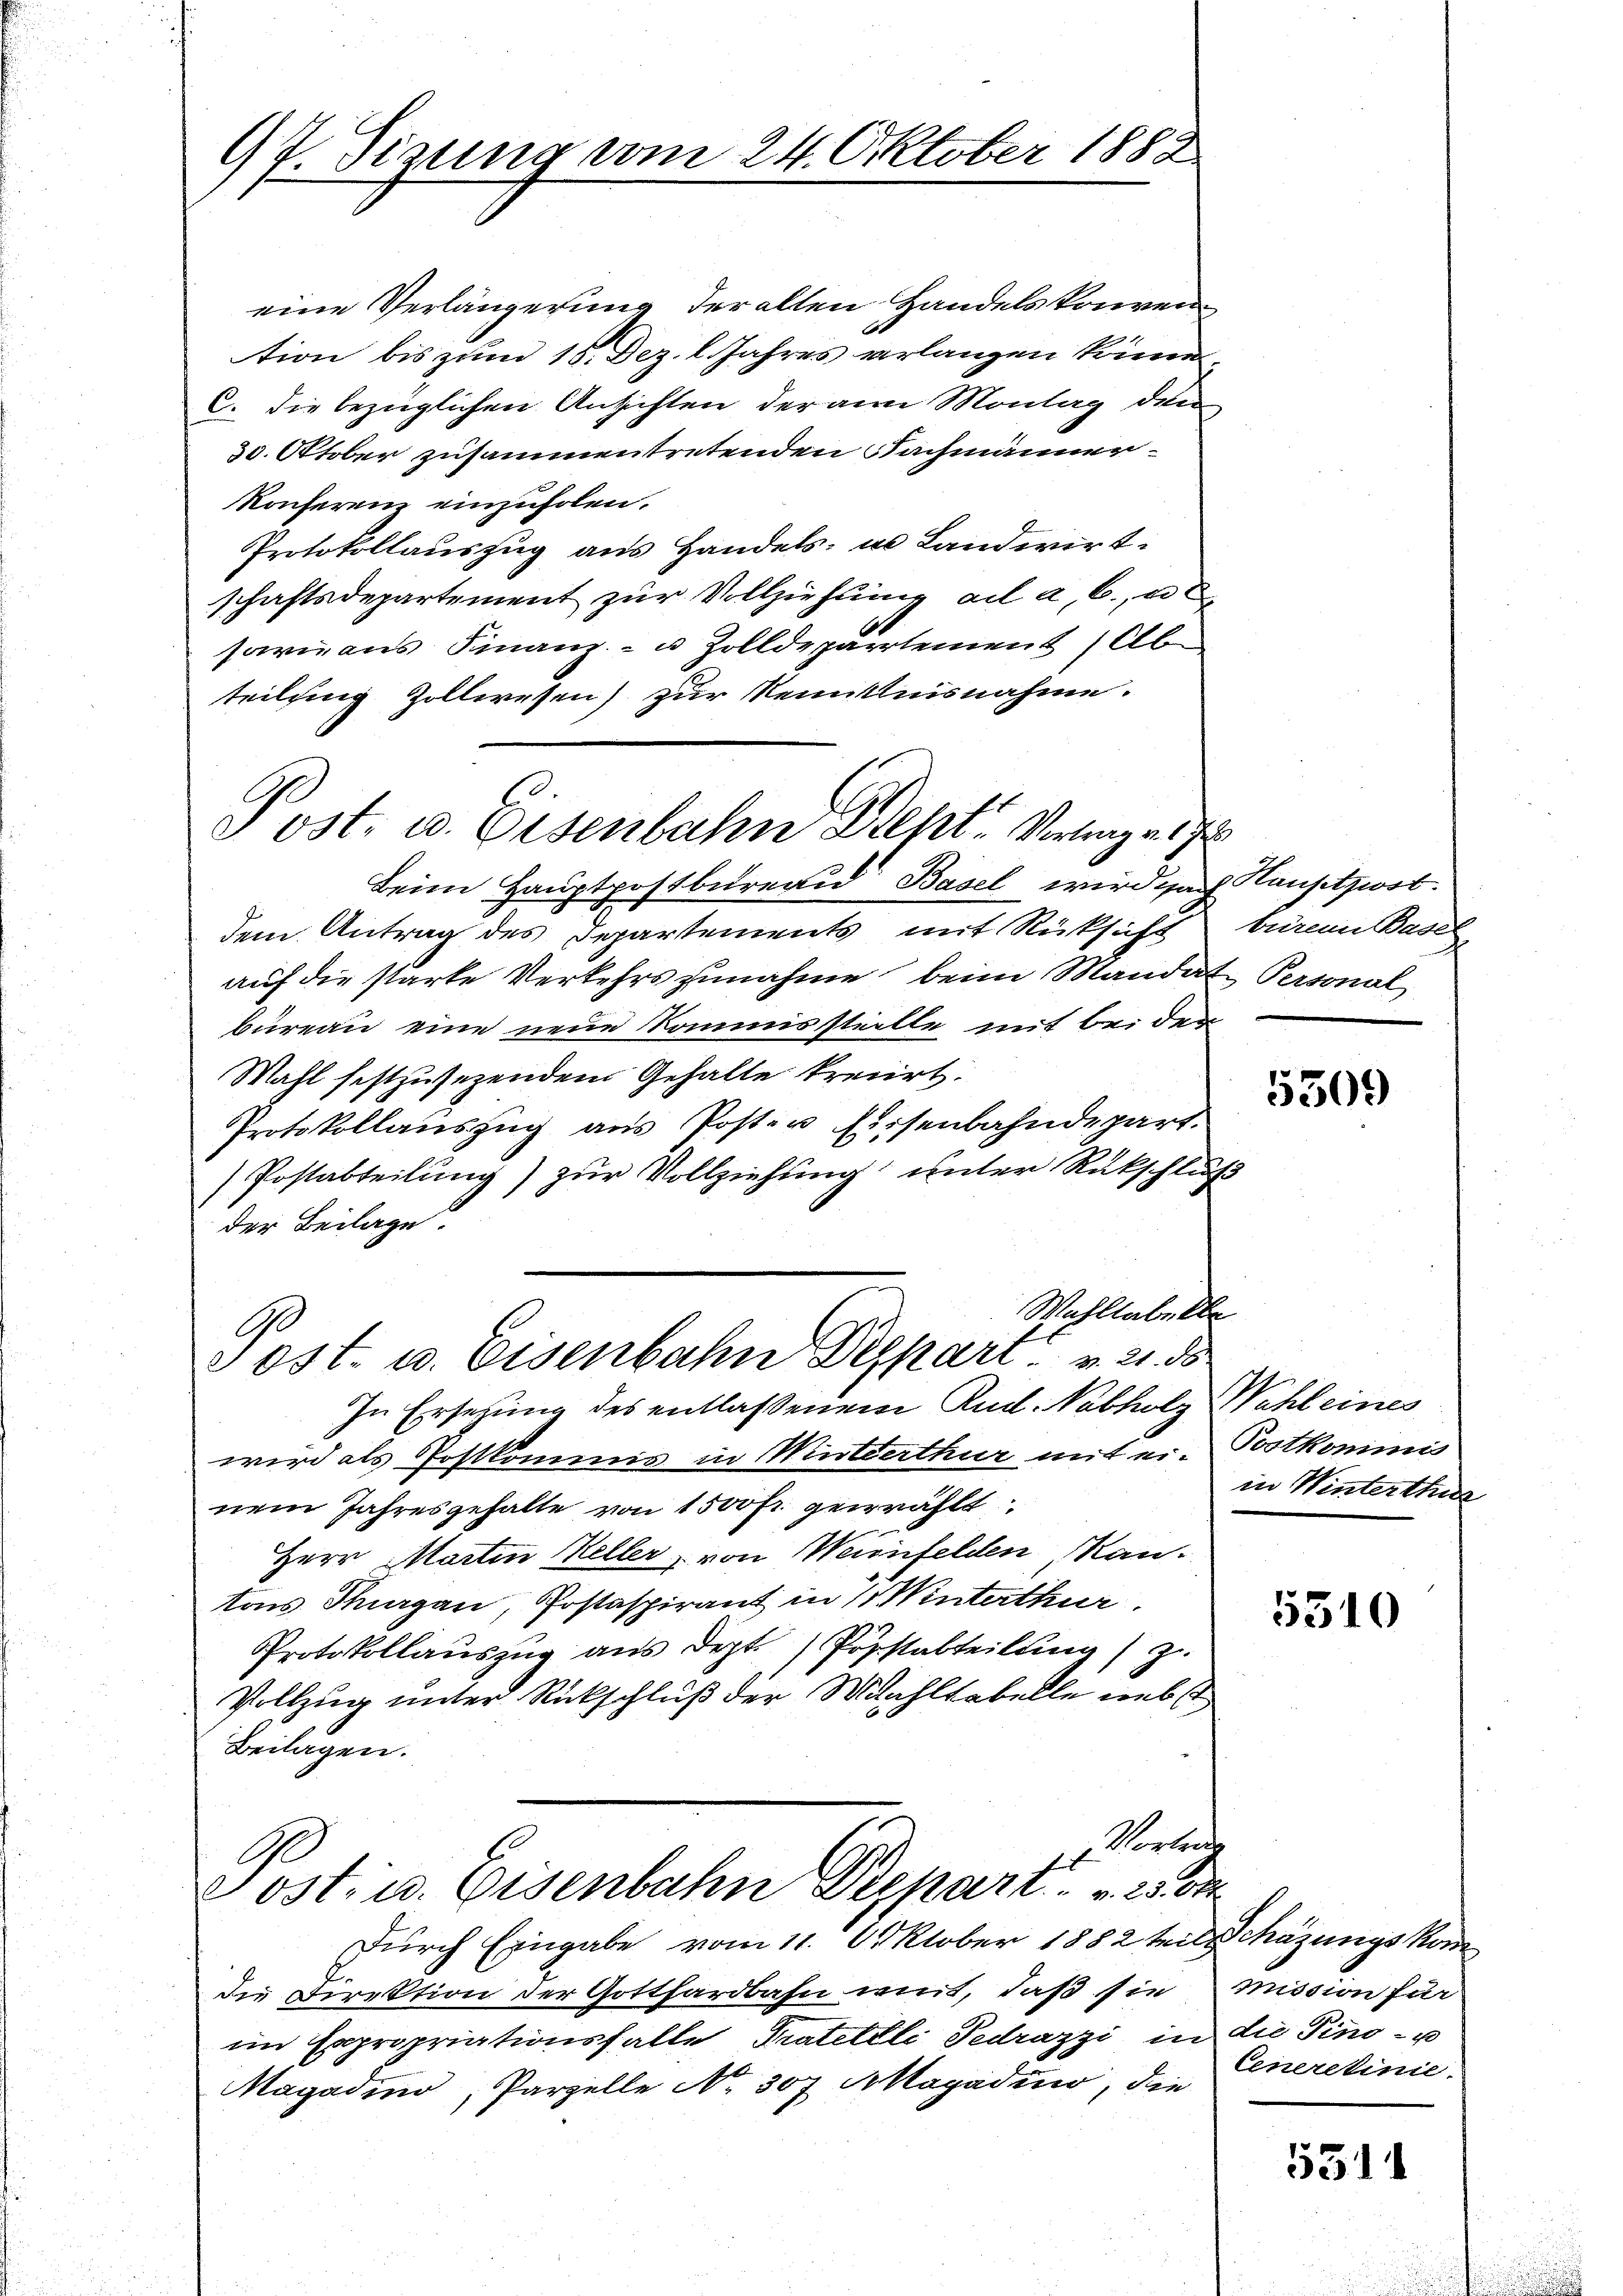
97. Sizung vom 24. Oktober 1882

Post. u. Eisenbahn Sept. Verlege 17

eine Verlängerung deralten Handelskonvention bis zum 15. Dez. l. Jahres verlangen können.
C. die bezüglichen Ansichten der am Montag den
30. Oktober zusammentretenden Nachmänner
Konferenz einzuholen.
Protokollauszug aus Handels- u. Landwirt.
schaftsdepartement zŭr Vollziehŭng ad a, b. u
sarians Finanz- u. Zolldepartement Ab
teilung Zollwesen) zur Kenntnisnahme.
Beim Hauptpostbureau Basel wird nach Hauptzwst.
dem Antrag des Departements mit Rücksicht büren Basel
auf die starke Verkehrs zunahme beim Mandat Personal
büreau eine neue Kommisstielle mit bei der
Mahl festzusetzendem Gehalte kreiiert.
Protokollauszug aus Poster Eisenbahndepart.
Postabteilung) zur Vollziehung unter Rückschluß
der Beilage
Wohltabelle
Ge
 ost. u. Eisenbahn Depart v. 21. ds.
In Ersetzung des entlassenen Rud. Nabholz Wahl eines
wird als Postkommis in Winterthur mit ei-Postkommis
nem Jahresgehalte von 1500 Fr. gewählt
Herr Martin Keller, von Weinfelden an¬
Vons Thurgau, Postaspirant in Winterthur
Protokollauszug aus dept. Popstabteilung) zu
Vollzug unter Rückschluß der Wahltabelle nebst
Beilagen.
Vortrag
Post u. Eisenbahn Depart. 20

Durch Eingabe vom 11. Oktober 1882 teils Mäzungskom
die Direktion der Gotthardbahn mit, daß sie
im Expropriationsfalle Pratettli Tedrazzi in die Tino- u
Magadino, Parzelle No. 307 Magadino, die

5509

in Winterthur

5510

mission für
Cenerelinie

5314